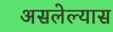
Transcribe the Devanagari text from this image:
असलेल्यास